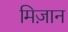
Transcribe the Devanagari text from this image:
मिज़ान